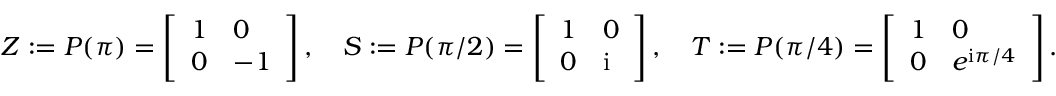
Z : = P ( \pi ) = \left[ \begin{array} { l l } { 1 } & { 0 } \\ { 0 } & { - 1 } \end{array} \right] , \quad S : = P ( \pi / 2 ) = \left[ \begin{array} { l l } { 1 } & { 0 } \\ { 0 } & { \mathrm { i } } \end{array} \right] , \quad T : = P ( \pi / 4 ) = \left[ \begin{array} { l l } { 1 } & { 0 } \\ { 0 } & { e ^ { \mathrm { i } \pi / 4 } } \end{array} \right] .